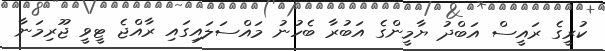
ކުރީގެ ރައީސް އަބްދު ޔާމީންގެ އަބުރާ ބެހުނު މައްސަލައިގައި ރާއްޖެ ޓީވީ ޖޫރިމަނާ